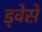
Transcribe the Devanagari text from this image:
ड्वेसे